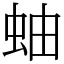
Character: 蚰